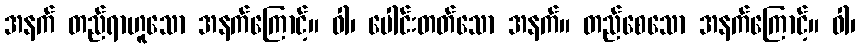
အနက် တည်ရာဟူသော အနက်ကြောင့်။ ဝါ၊ ပေါင်းတတ်သော အနက်။ တည်စေသော အနက်ကြောင့်။ ဝါ၊